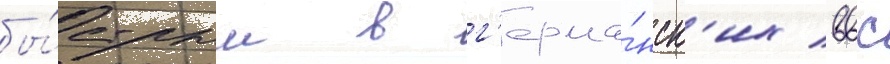
бы́стрым в г'ерма́нск'их ввс